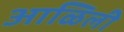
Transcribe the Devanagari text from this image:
आळिली